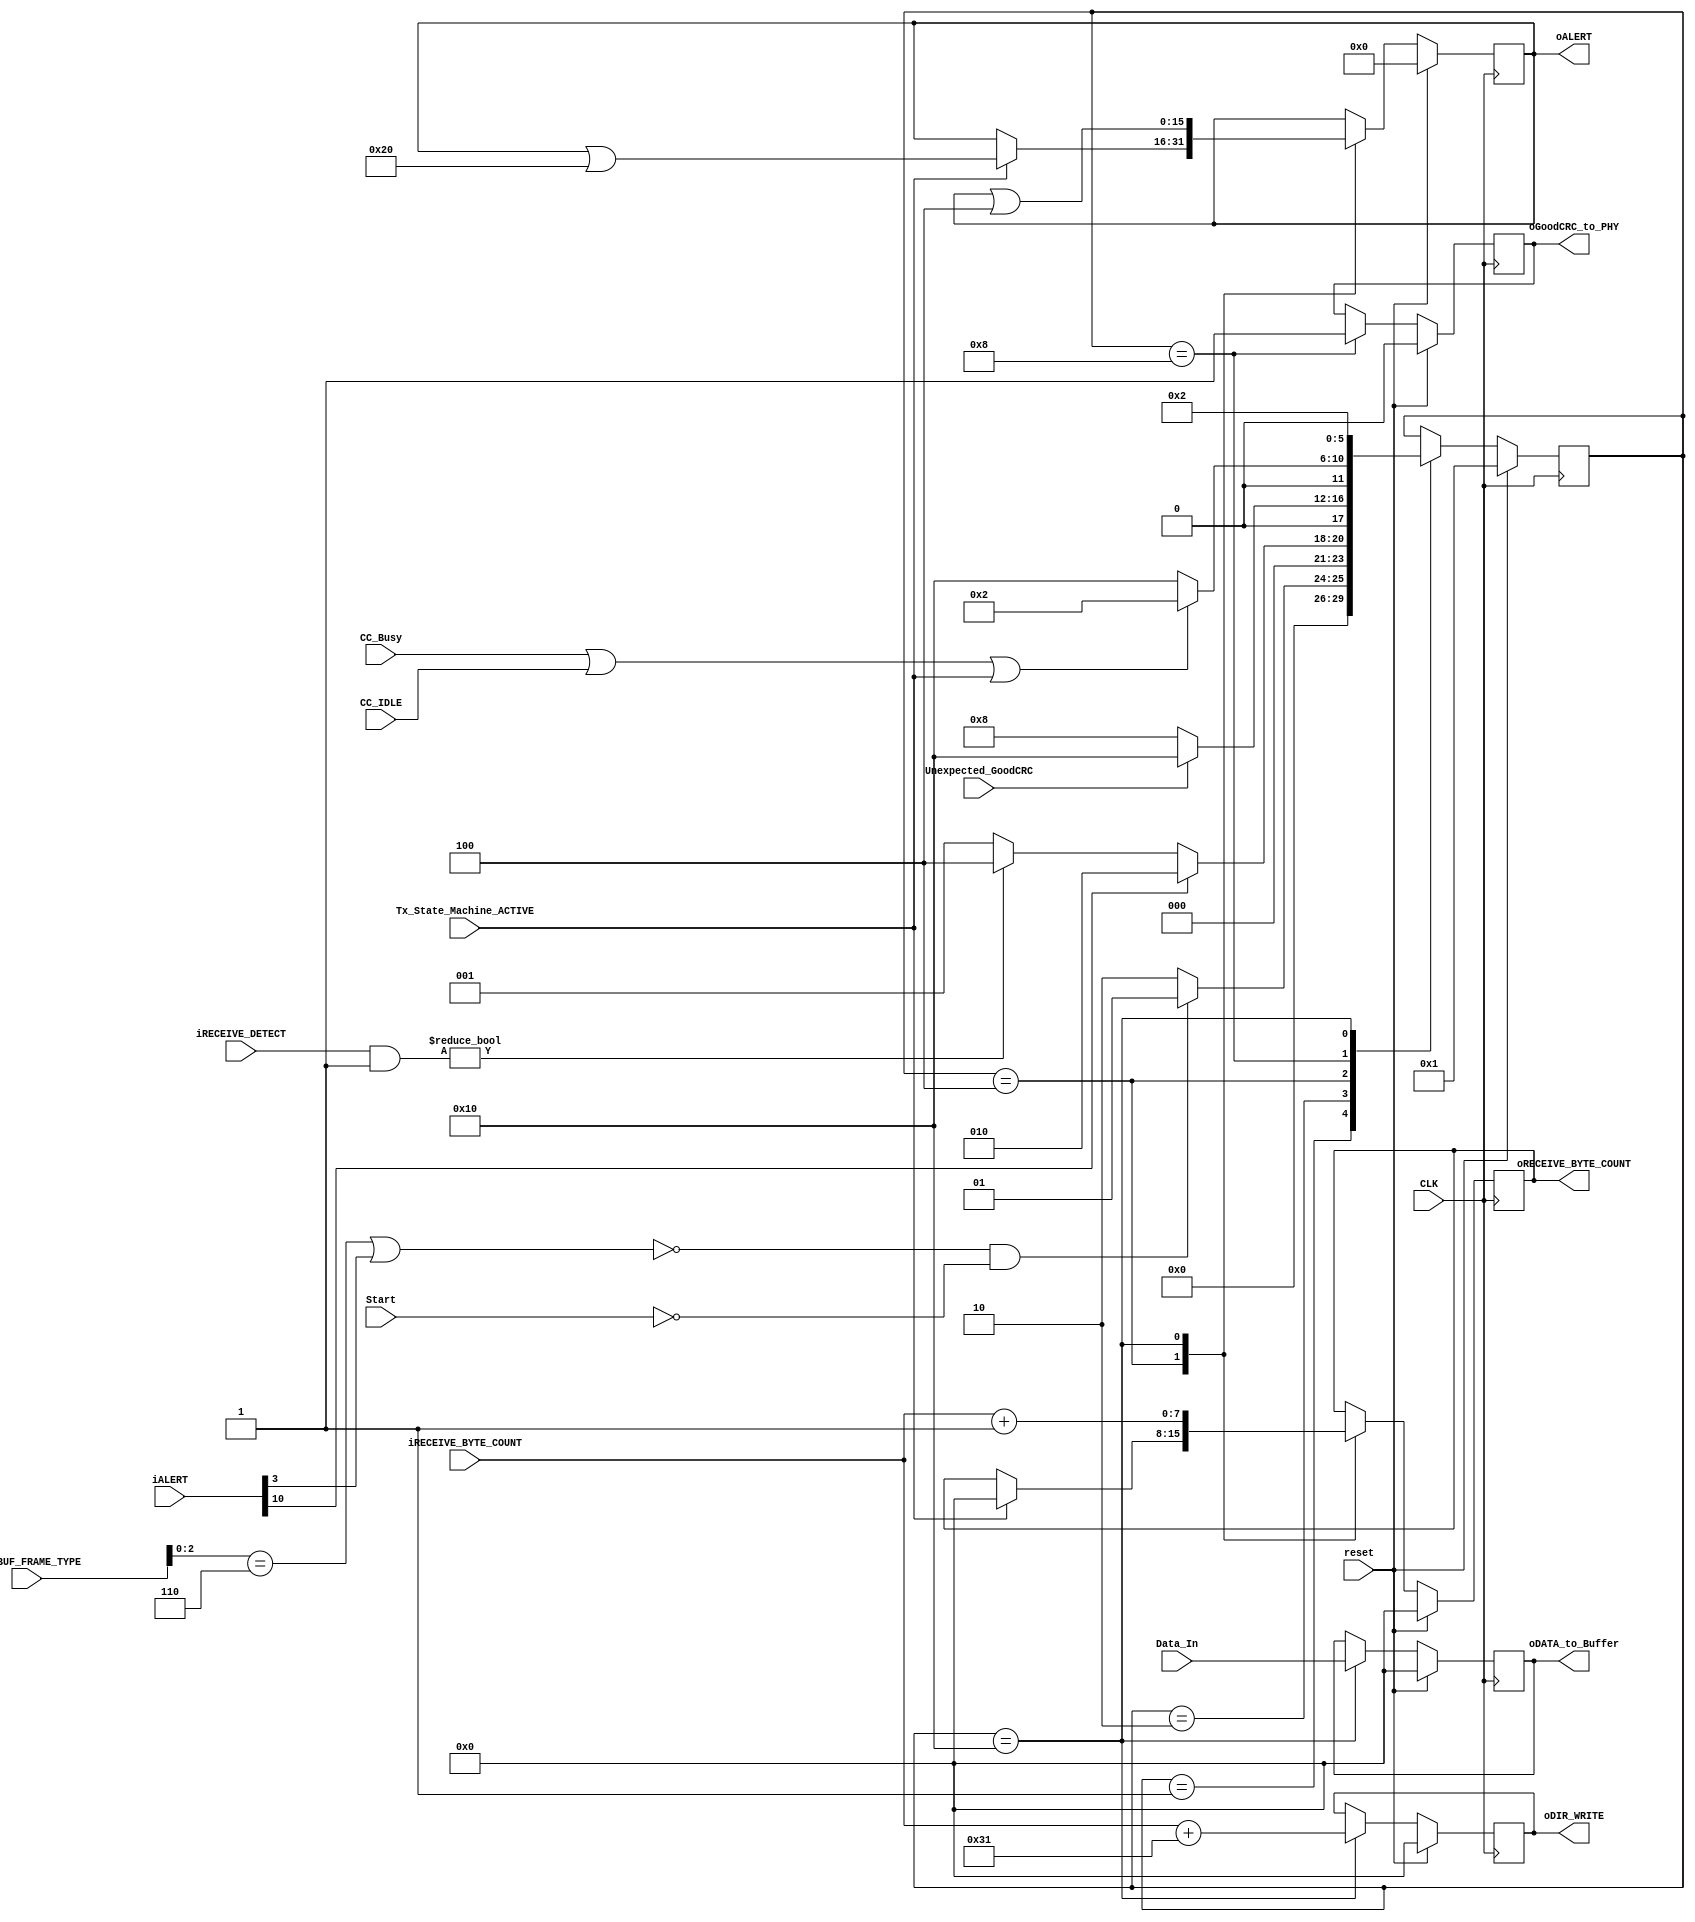
//UNIVERSIDAD DE COSTA RICA
//FACULTAD DE INGENIERIA 
//ESCUELA DE INGENIERIA ELECTRICA

//IE0523 - Circuitos Digitales II
//I - 2017

//Proyecto Final:
//Controlador de puerto USB tipo C

//Estudiantes:
//Luis Diego Fernandez, B22492
//Lennon Nunez, B34943
//Bernardo Ziga, B27445

//Profesor:
//Enrique Coen Alfaro

//14/07/17

`timescale 10ns/1ps

module Rx_Module (CLK, 
				reset, 
				Start, 
				iRX_BUF_FRAME_TYPE, 
				iALERT, 
				iRECEIVE_DETECT, 
				iRECEIVE_BYTE_COUNT, 
				Tx_State_Machine_ACTIVE, 
				Unexpected_GoodCRC, 
				CC_Busy, 
				CC_IDLE, 
				Data_In, 
				oALERT, 
				oRECEIVE_BYTE_COUNT, 
				oGoodCRC_to_PHY, 
				oDIR_WRITE, 
				oDATA_to_Buffer);

//inputs declaration
input wire CC_Busy, CC_IDLE;
input wire CLK;
input wire [7:0] Data_In;
input wire [15:0] iALERT; //b3 Hard Reset 
input wire [7:0] iRECEIVE_BYTE_COUNT;
input wire [7:0] iRECEIVE_DETECT;
input wire [7:0] iRX_BUF_FRAME_TYPE; //B2..0   110b: Received Cable Reset
input wire reset;
input wire Start;
input wire Tx_State_Machine_ACTIVE;
input wire Unexpected_GoodCRC;

//outputs declaration
output reg [15:0] oALERT;
output reg [7:0] oDATA_to_Buffer;
output reg [7:0] oDIR_WRITE;
output reg oGoodCRC_to_PHY;
output reg [7:0] oRECEIVE_BYTE_COUNT;

//variables
reg [15:0] nxt_oALERT;
reg [7:0] nxt_oDATA_to_Buffer;
reg [7:0] nxt_oDIR_WRITE;
reg nxt_oGoodCRC_to_PHY;
reg [7:0] nxt_oRECEIVE_BYTE_COUNT;
reg [5:0] nxt_State;
wire PHY_Reset;
reg [5:0] state;

assign PHY_Reset = (iRX_BUF_FRAME_TYPE[2:0] == 3'b110) || (iALERT[3] == 1);

//machine states declaration
localparam IDLE = 6'b000001;
localparam PRL_Rx_Wait_for_PHY_message = 6'b000010;
localparam PRL_Rx_Message_Discard = 6'b000100;
localparam PRL_RX_Send_GoodCRC = 6'b001000;
localparam PRL_RX_Report_SOP = 6'b010000;
 
parameter max_iRECEIVE_BYTE_COUNT = 31; 
		
//reset interno
always @(posedge CLK) begin 
	if (reset) begin
		state <= IDLE; //initial state
		oDIR_WRITE <= 8'b0;
		oALERT <= 16'b0;
		oRECEIVE_BYTE_COUNT <= 0;
		oGoodCRC_to_PHY <= 0;
		oDATA_to_Buffer <= 8'b0;
	end else begin
		state <= nxt_State;
		oDIR_WRITE <= nxt_oDIR_WRITE;
		oALERT <= nxt_oALERT;
		oRECEIVE_BYTE_COUNT <= nxt_oRECEIVE_BYTE_COUNT;
		oGoodCRC_to_PHY <= nxt_oGoodCRC_to_PHY;
		oDATA_to_Buffer <= nxt_oDATA_to_Buffer;
	end //end else
end //always @(posedge CLK)


//STATE MACHINE
always @ (*) begin
	nxt_State <= state;
	nxt_oGoodCRC_to_PHY <= oGoodCRC_to_PHY;
	nxt_oDIR_WRITE <= oDIR_WRITE;
	nxt_oALERT <= oALERT;
	nxt_oRECEIVE_BYTE_COUNT <= oRECEIVE_BYTE_COUNT;
	nxt_oGoodCRC_to_PHY <= oGoodCRC_to_PHY;
	nxt_oDATA_to_Buffer <= oDATA_to_Buffer;

	case (state)
		//----------FIRST STATE----------
		IDLE: begin
			//logica de proximo estado
			if (!PHY_Reset && !Start) begin //solo en caso de recibir un hard/cable reset o start se pasa de estado
				nxt_State <= IDLE; 
			end else begin
				nxt_State <= PRL_Rx_Wait_for_PHY_message;
			end
		end //IDLE

		//----------SECOND STATE----------
		PRL_Rx_Wait_for_PHY_message: begin
			//logica de proximo estado
			if (iALERT[10]) begin //si hay buffer overflow, osea el buffer esta lleno
				nxt_State <= PRL_Rx_Wait_for_PHY_message; //esperamo a que el buffer se desocupe
			end else begin
				if (iRECEIVE_DETECT & 8'b1) begin //se detecta que hay un mensaje o un dato 
					nxt_State <= PRL_Rx_Message_Discard;
				end else begin
					nxt_State <= IDLE; //si no recibe mensaje entonces se va a IDLE
				end
			end
		end //PRL_Rx_Wait_for_PHY_message

		//----------FOURTH STATE----------
		PRL_Rx_Message_Discard: begin
			//logica de salida
			if (Tx_State_Machine_ACTIVE) begin //si la maquina de Tx esta activa se descarta el mensaje
				nxt_oALERT <= oALERT | 16'b100000; //bandera que indica que se descato el mensaje ALERT B5
				nxt_oRECEIVE_BYTE_COUNT <= 0; //se pone el BYTE_COUNT en 0 xq se descarto el mensaje
			end else begin
				nxt_oALERT <= oALERT;
			end

			//logica de proximo estado
			if (Unexpected_GoodCRC) begin //dependiendo del CRC se pasa al repor o a enviar un GoodCRC
				nxt_State <= PRL_RX_Report_SOP;
			end else begin
				nxt_State <= PRL_RX_Send_GoodCRC;
			end
		end //PRL_Rx_Message_Discard

		//----------EIGTH STATE----------
		PRL_RX_Send_GoodCRC: begin
			//logica de salida
			nxt_oGoodCRC_to_PHY <= 1; //se notifica al PHY que hubo un goodCRC

			//logica de proximo estado
			//si el CC esta ocupado o en IDLE se va a WAIT
			//si el Tx esta acitca se va a wait xq se descarto el mensaje
			if (CC_Busy || CC_IDLE || Tx_State_Machine_ACTIVE) begin
				nxt_State <= PRL_Rx_Wait_for_PHY_message;	
			end else begin //means goodCRC transmission complete
				nxt_State <= PRL_RX_Report_SOP;	
			end
		end //PRL_RX_Send_GoodCRC

		//----------SIXTEENTH STATE----------
		PRL_RX_Report_SOP: begin
			//logica de salida
			//update RECEIVE BUFFER
			nxt_oDATA_to_Buffer <= Data_In; //se copia el dato que va a ser transmitido a la salida

			//se calcula la direccion en el Rx_BUFFER donde se va a guardar el mensaje
			//a partir del BYTE_COUNT
			nxt_oDIR_WRITE <= iRECEIVE_BYTE_COUNT + 8'h31; //en h31 empieza el frame_type

			nxt_oRECEIVE_BYTE_COUNT <= iRECEIVE_BYTE_COUNT + 1; //se notifica que el BUFFER tiene 1 byte mas

			//BYTE_COUNT (1 Byte Frame, 2 Bytes Header, 28 Bytes Datos)
			if (oRECEIVE_BYTE_COUNT == 31) begin //si el BYTE_COUNT llega a 31, el Rx_BUFFER esta lleno
				nxt_oALERT <= oALERT | 16'b10000000000; //bandera de Overflow
			end else begin
				nxt_oALERT <= oALERT & 16'b1111101111111111; //se asegura que la bandera de overflow este en 0
			end

			nxt_oALERT <= oALERT | 16'b000100; //se notifica que el Rx_BUFFER cambio

			//logica de proximo estado
			nxt_State <= PRL_Rx_Wait_for_PHY_message;
		end //PRL_RX_Report_SOP

	endcase 	
end //end always @ (*) begin

endmodule